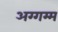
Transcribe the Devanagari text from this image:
अग्गम्म